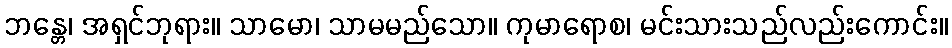
ဘန္တေ၊ အရှင်ဘုရား။ သာမော၊ သာမမည်သော။ ကုမာရောစ၊ မင်းသားသည်လည်းကောင်း။